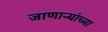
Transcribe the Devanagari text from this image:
जाणार्‍यांच्या